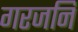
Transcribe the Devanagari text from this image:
गरजनि